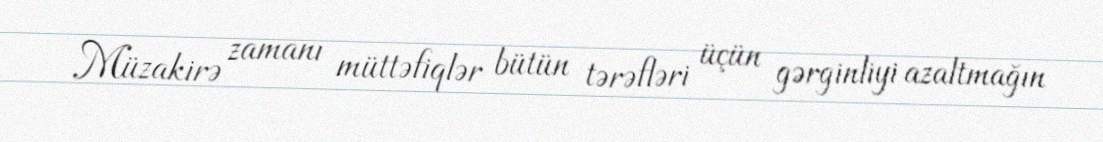
Müzakirə zamanı müttəfiqlər bütün tərəfləri üçün gərginliyi azaltmağın